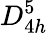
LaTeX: D_{4h}^{5}